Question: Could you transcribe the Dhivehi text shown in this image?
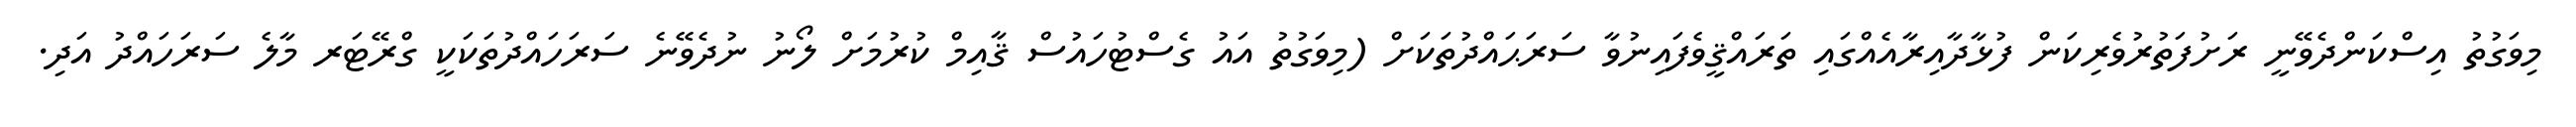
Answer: މިވަގުތު އިސްކަންދެވޭނީ ރަށުފަތުރުވެރިކަން ފުޅާދާއިރާއެއްގައި ތަރައްޤީވެފައިނުވާ ސަރަޙައްދުތަކަށް (މިވަގުތު އައު ގެސްޓުހައުސް ޤާއިމް ކުރުމަށް ލޯނު ނުދެވޭނެ ސަރަހައްދުތަކަކީ ގްރޭޓަރ މާލެ ސަރަހައްދު އަދި.